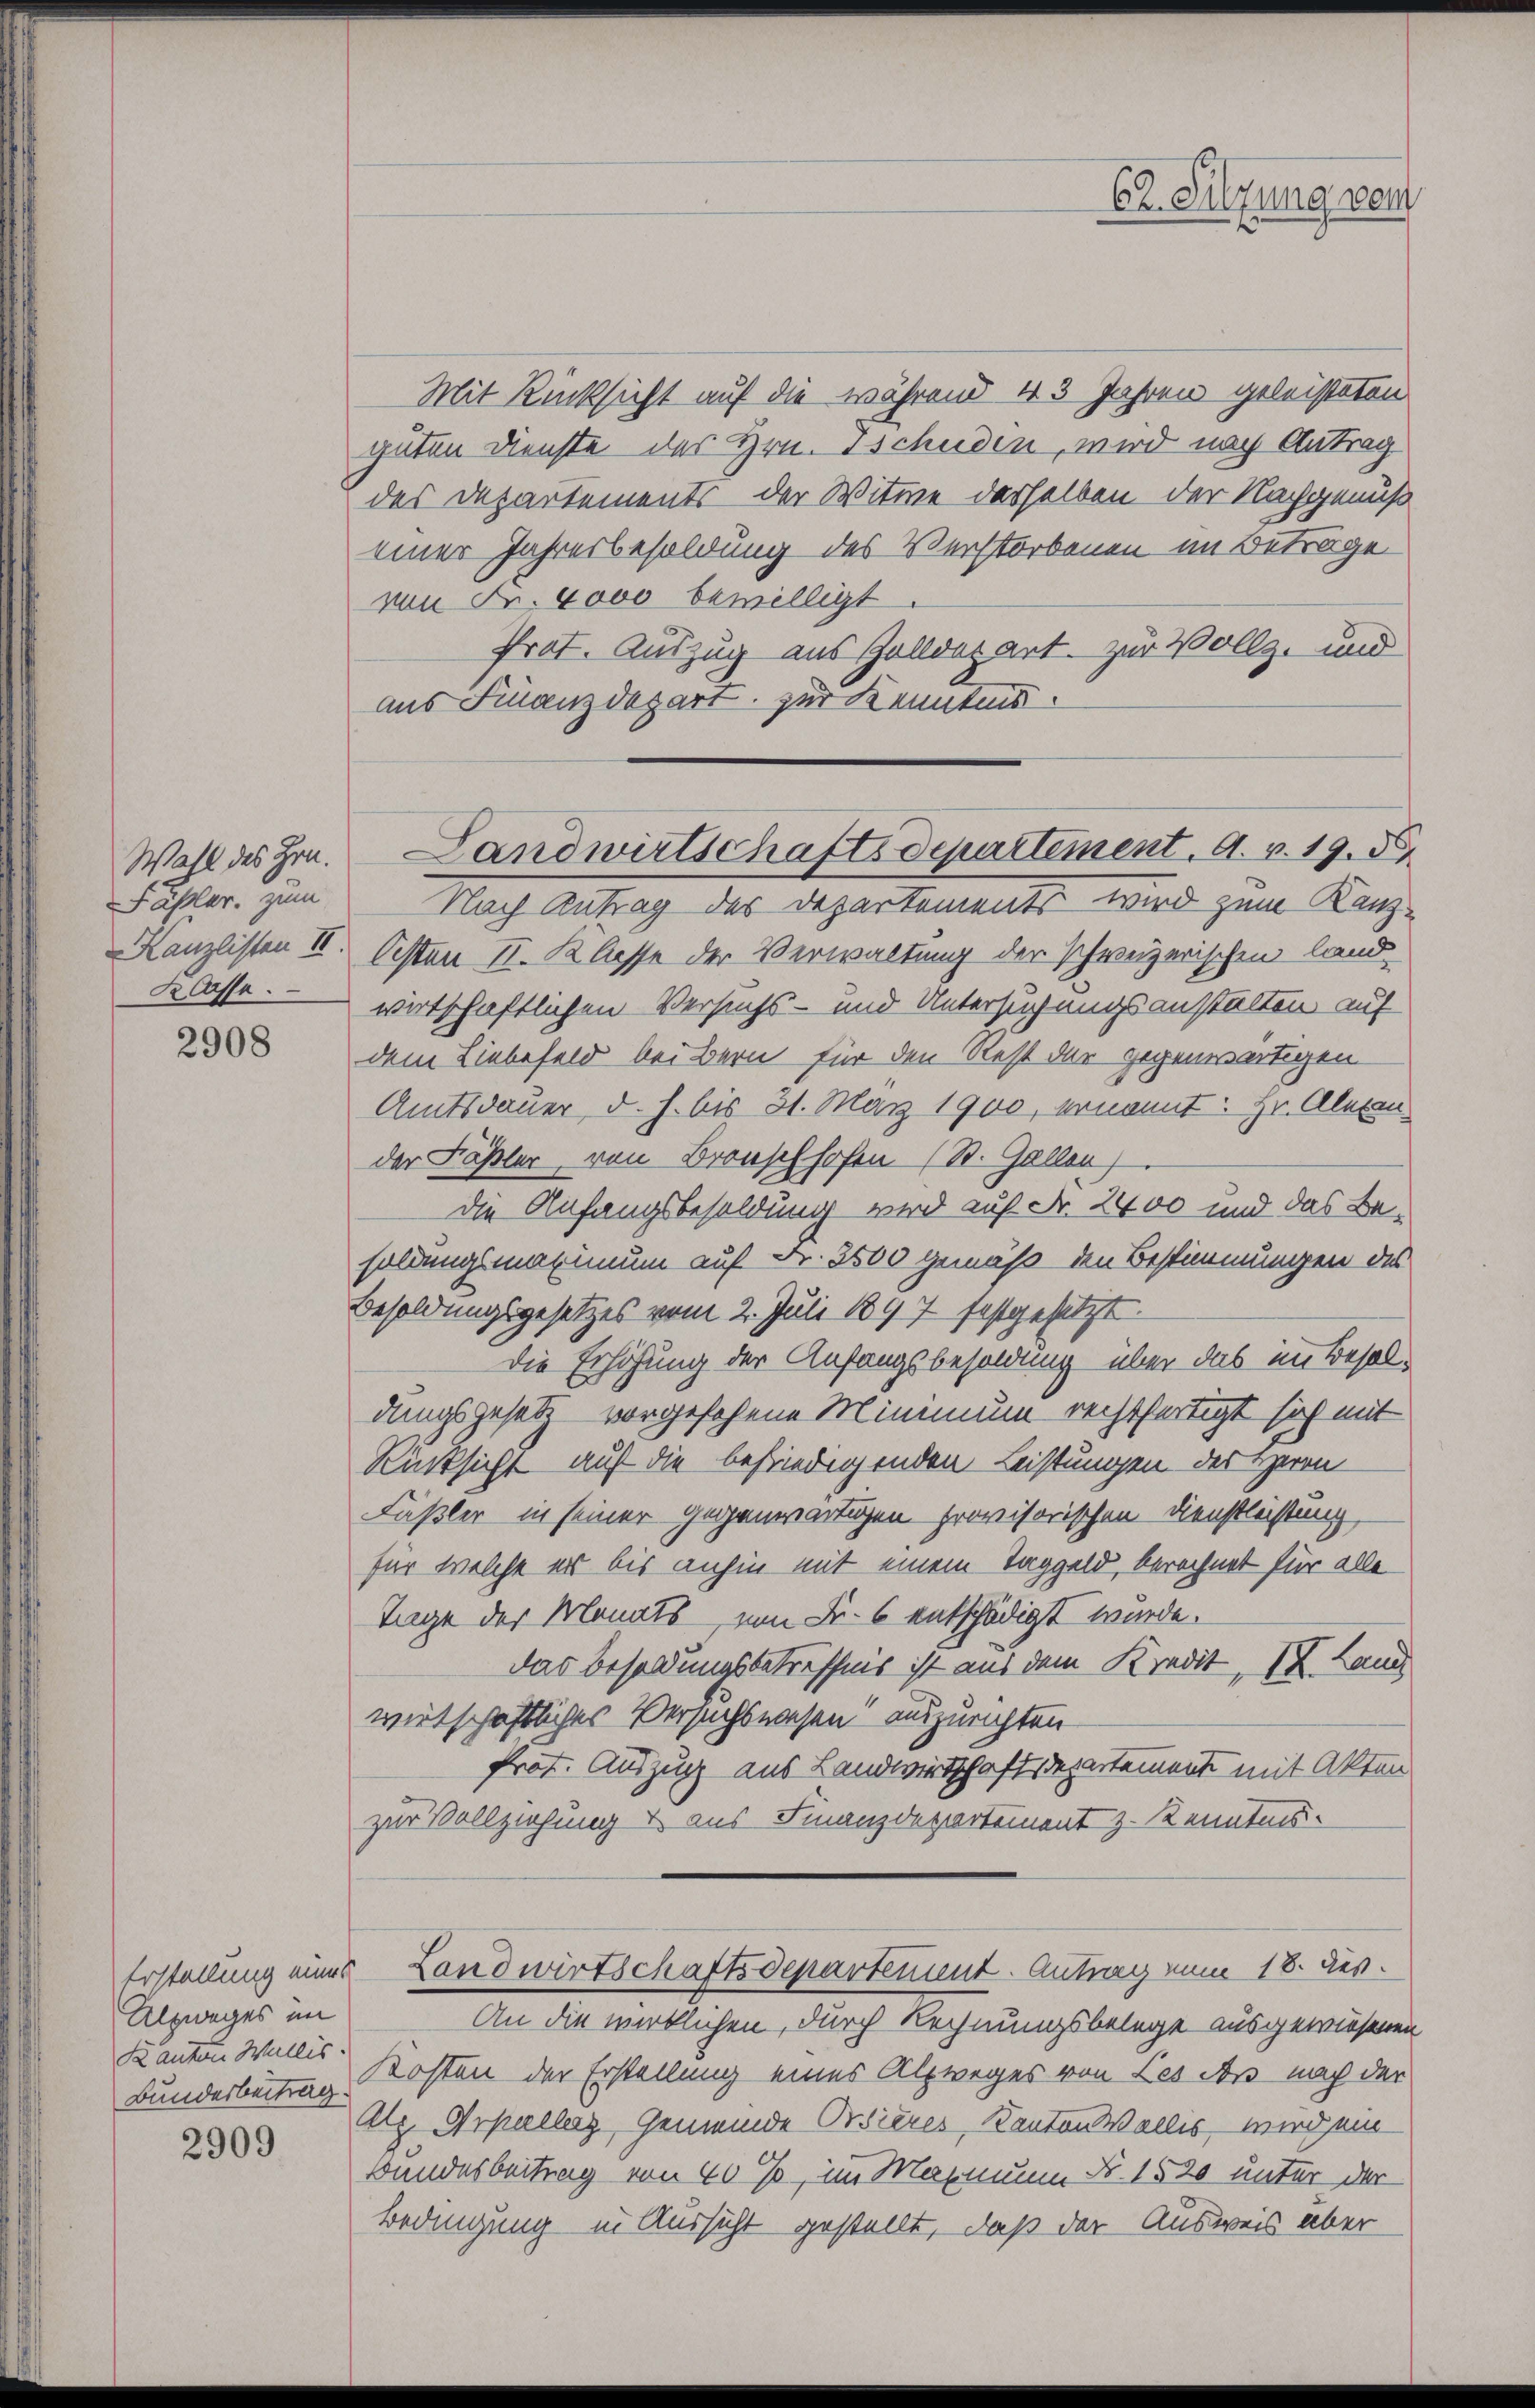
Wahl des Hrn.
Pasler zum
Klasse.

2908

Erstellung eines
Alzweges im
Kanton Wallis.

Mit Rücksicht auf die während 43 Jahren geleisteten
guten Dienste des Hrn. Tschudin, wird nach Antrag
des Departements der Witwe derselben der Nachgenuß
einer Jahresbesoldung des Verstorbenen im Betrage
von Fr. 4000 bewilligt.
Prot. Auszug aus Golldepart. zur Vollz- und
aus Finanzdepart zur Kenntnis.

EL. Filzung vom

Nach Antrag des Departements wird zum Kanz¬
Kanzlisten II. Osten II. Klasse der Verwaltung der schweizerischen land
wirtschaftlichen Versuchs- und Untersuchungsanstalten auf
dem Liebefeld bei Bern für den Rest der gegenwärtigen
Amtsdauer, d. h. bis 31. März 1900, ernannt: Hr. Alexan
der Fäßler, von Bronschhofen (St. Gallen)
die Anfangsbesoldung wird auf Nr. 2400 und das Besoldungsmaximum auf Fr. 3500 gemäß den Bestimmungen des
Besoldungsgesetzes vom 2. Juli 1897 festgesetzt.
Die Erhöhung der Anfangsbesoldung über das im Besoldungsgesetz vorgesehene Minimum rechtfertigt sich mit
Rücksicht auf die befriedigenden Leistungen des Herrn
Fäßler in seiner gegenwärtigen provisorischen Dienstleistung,
für welche er bis anhin mit einem Taggeld, berechnet für alle
Tage der Monats von Fr. 6 entschädigt wurde.
das Besoldungsbetreffnis ist aus dem Kredit, IX. Land
wirtschaftliches Versuchswesen auszurichten
Prot. Auszug aus Landwirtschaft Departement mit Akten
zur Vollziehung & aus Finanzdepartement z. Kenntnis.
Landwirtschaftsdepartement. Antrag vom 18. des
An die wirklichen, durch Rechnungsbelege ausgewiesenen
Bunderbeitrag Kosten der Erstellung eines Alpweges von Les es nach der
2300 Etz Hrpellaz, Gemeinde Orsieres, Kanton Wallis, wird ein
Bundesbeitrag von 40%, im Mahnung Nr. 1520 unter der
Bedingung in Aussicht gestellt, daß der Ausweis aber

Landwirtschaftsdepartement. A. v. 19. 3